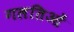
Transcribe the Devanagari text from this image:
गलतिओं